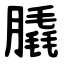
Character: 膬